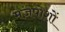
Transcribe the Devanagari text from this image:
मेज़पोशों